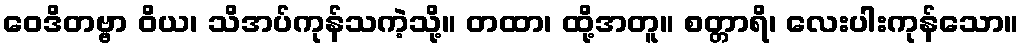
ဝေဒိတဗ္ဗာ ဝိယ၊ သိအပ်ကုန်သကဲ့သို့။ တထာ၊ ထို့အတူ။ စတ္တာရိ၊ လေးပါးကုန်သော။